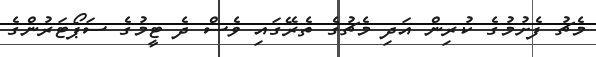
މެޗު ފެށުމުގެ ކުރިން އަދި މެޗުގެ ތެރޭގައި ވެސް ދެ ޓީމުގެ ސަޕޯޓަރުންގެ